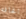
الحافه